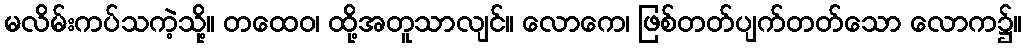
မလိမ်းကပ်သကဲ့သို့။ တထေဝ၊ ထို့အတူသာလျင်။ လောကေ၊ ဖြစ်တတ်ပျက်တတ်သော လောက၌။